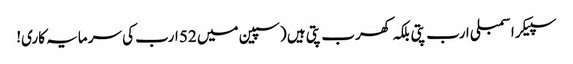
سپیکر اسمبلی ارب پتی بلکہ کھرب پتی ہیں (سپین میں 52 ارب کی سرمایہ کاری!